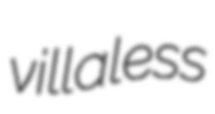
villaless